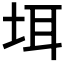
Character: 𪣌